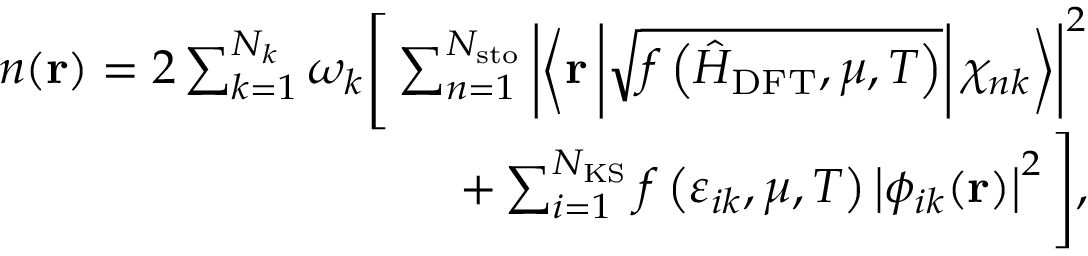
\begin{array} { r } { n ( \mathbf { r } ) = 2 \sum _ { k = 1 } ^ { N _ { k } } \omega _ { k } \Bigg [ \sum _ { n = 1 } ^ { N _ { \mathrm { s t o } } } \left| \left\langle \mathbf { r } \left| \sqrt { f \left( \hat { H } _ { \mathrm { D F T } } , \mu , T \right) } \right| \chi _ { n k } \right\rangle \right| ^ { 2 } } \\ { + \sum _ { i = 1 } ^ { N _ { \mathrm { K S } } } f \left( \varepsilon _ { i k } , \mu , T \right) \left| \phi _ { i k } ( \mathbf { r } ) \right| ^ { 2 } \Bigg ] , } \end{array}